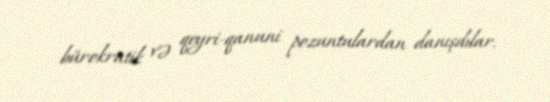
bürokratik və qeyri-qanuni pozuntulardan danışdılar.